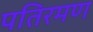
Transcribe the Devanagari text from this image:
पतिरमण